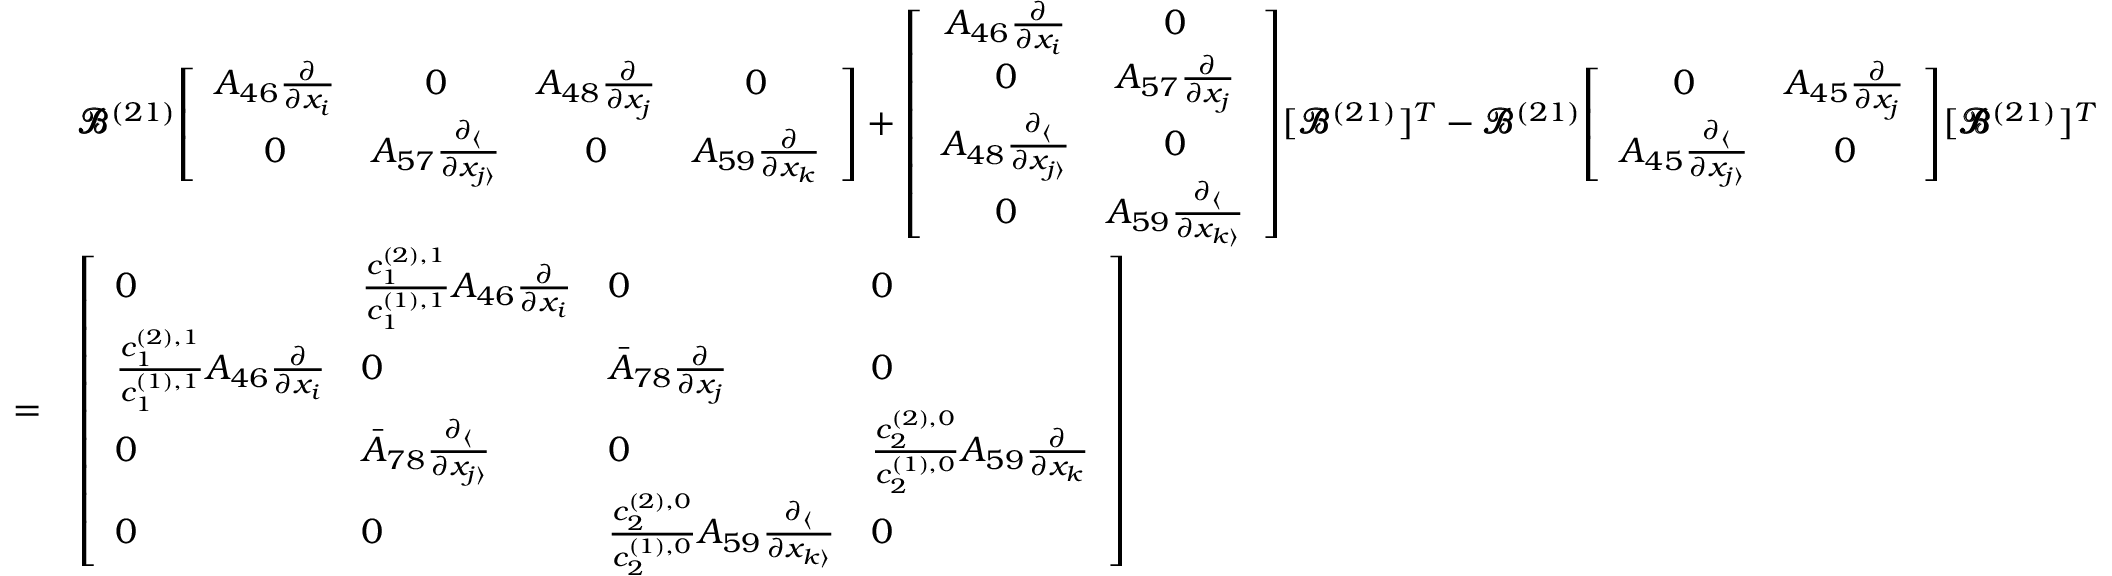
\begin{array} { r l } & { \pmb { \mathscr { B } } ^ { ( 2 1 ) } \! \left[ \begin{array} { c c c c } { A _ { 4 6 } \frac { \partial } { \partial x _ { i } } } & { 0 } & { A _ { 4 8 } \frac { \partial } { \partial x _ { j } } } & { 0 } \\ { 0 } & { A _ { 5 7 } \frac { \partial _ { \langle } } { \partial x _ { j \rangle } } } & { 0 } & { A _ { 5 9 } \frac { \partial } { \partial x _ { k } } } \end{array} \right] + \left[ \begin{array} { c c } { A _ { 4 6 } \frac { \partial } { \partial x _ { i } } } & { 0 } \\ { 0 } & { A _ { 5 7 } \frac { \partial } { \partial x _ { j } } } \\ { A _ { 4 8 } \frac { \partial _ { \langle } } { \partial x _ { j \rangle } } } & { 0 } \\ { 0 } & { A _ { 5 9 } \frac { \partial _ { \langle } } { \partial x _ { k \rangle } } } \end{array} \right] \! [ \pmb { \mathscr { B } } ^ { ( 2 1 ) } ] ^ { T } - \pmb { \mathscr { B } } ^ { ( 2 1 ) } \! \left[ \begin{array} { c c } { 0 } & { A _ { 4 5 } \frac { \partial } { \partial x _ { j } } } \\ { A _ { 4 5 } \frac { \partial _ { \langle } } { \partial x _ { j \rangle } } } & { 0 } \end{array} \right] \! [ \pmb { \mathscr { B } } ^ { ( 2 1 ) } ] ^ { T } } \\ { = } & { \left[ \begin{array} { l l l l } { 0 } & { \frac { c _ { 1 } ^ { ( 2 ) , 1 } } { c _ { 1 } ^ { ( 1 ) , 1 } } A _ { 4 6 } \frac { \partial } { \partial x _ { i } } } & { 0 } & { 0 } \\ { \frac { c _ { 1 } ^ { ( 2 ) , 1 } } { c _ { 1 } ^ { ( 1 ) , 1 } } A _ { 4 6 } \frac { \partial } { \partial x _ { i } } } & { 0 } & { \bar { A } _ { 7 8 } \frac { \partial } { \partial x _ { j } } } & { 0 } \\ { 0 } & { \bar { A } _ { 7 8 } \frac { \partial _ { \langle } } { \partial x _ { j \rangle } } } & { 0 } & { \frac { c _ { 2 } ^ { ( 2 ) , 0 } } { c _ { 2 } ^ { ( 1 ) , 0 } } A _ { 5 9 } \frac { \partial } { \partial x _ { k } } } \\ { 0 } & { 0 } & { \frac { c _ { 2 } ^ { ( 2 ) , 0 } } { c _ { 2 } ^ { ( 1 ) , 0 } } A _ { 5 9 } \frac { \partial _ { \langle } } { \partial x _ { k \rangle } } } & { 0 } \end{array} \right] } \end{array}